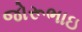
જોરૂભાઇ